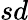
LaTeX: sd